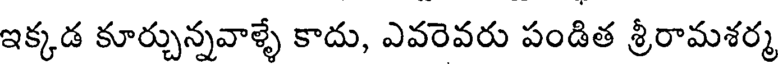
ఇక్కడ కూర్చున్నవాళ్ళే కాదు, ఎవరెవరు పండిత శ్రీరామశర్మ